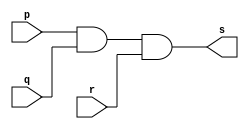
// ------------------------- 
// Exemplo0013 - AND 
// Nome: Joao Augusto de Moura Araujo 
// ------------------------- 
// ------------------------- 
// -- and gate 
// ------------------------- 
module andgate ( output s, input p, input q, input r); 
assign s = p & q & r; 
endmodule // andgate 
// --------------------- 
// -- test and gate 
// --------------------- 
module testandgate; 
// ------------------------- dados locais 
reg a, b, c; // definir registradores 
wire s; // definir conexao (fio) 
// ------------------------- instancia 
andgate AND1 (s, a, b, c); 
// ------------------------- preparacao 
initial begin:start 
// atribuicao simultanea 
// dos valores iniciais 
a=0; b=0; c=0; 
end 
// ------------------------- parte principal 
initial begin 
$display("Exemplo0013 - Joao Augusto de Moura Araujo - 451582"); 
$display("Test AND gate"); 
$display("\na & b & c = s\n"); 
#1 a=0; b=0; c=0;
 $monitor("%b & %b & %b = %b", a, b, c, s); 
#1 a=0; b=0; c=1;
#1 a=0; b=1; c=0;
#1 a=0; b=1; c=1;
#1 a=1; b=0; c=0;
#1 a=1; b=0; c=1;
#1 a=1; b=1; c=0;
#1 a=1; b=1; c=1;
end 
endmodule // testandgate